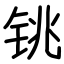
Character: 铫